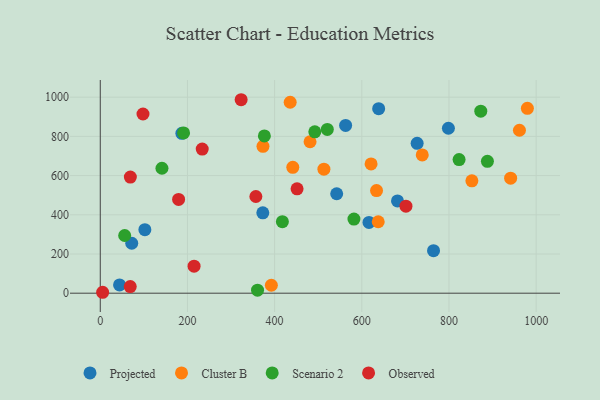
{"axis": {"x": "Investment", "y": "Profit"}, "legend": ["Cluster B", "Observed", "Projected", "Scenario 2"], "data": [{"x": "798.7", "y": 841.5, "type": "Projected"}, {"x": "44.2", "y": 42.1, "type": "Projected"}, {"x": "727.0", "y": 764.4, "type": "Projected"}, {"x": "542.4", "y": 507.4, "type": "Projected"}, {"x": "102.3", "y": 323.9, "type": "Projected"}, {"x": "372.9", "y": 409.8, "type": "Projected"}, {"x": "638.7", "y": 941.3, "type": "Projected"}, {"x": "562.9", "y": 856.0, "type": "Projected"}, {"x": "72.2", "y": 254.7, "type": "Projected"}, {"x": "616.5", "y": 361.0, "type": "Projected"}, {"x": "764.6", "y": 217.1, "type": "Projected"}, {"x": "187.2", "y": 815.7, "type": "Projected"}, {"x": "681.9", "y": 470.8, "type": "Projected"}, {"x": "941.5", "y": 586.8, "type": "Cluster B"}, {"x": "481.3", "y": 772.6, "type": "Cluster B"}, {"x": "373.3", "y": 749.1, "type": "Cluster B"}, {"x": "621.3", "y": 659.7, "type": "Cluster B"}, {"x": "441.7", "y": 641.9, "type": "Cluster B"}, {"x": "633.8", "y": 523.4, "type": "Cluster B"}, {"x": "979.9", "y": 942.9, "type": "Cluster B"}, {"x": "392.5", "y": 40.6, "type": "Cluster B"}, {"x": "961.7", "y": 831.2, "type": "Cluster B"}, {"x": "637.7", "y": 364.5, "type": "Cluster B"}, {"x": "513.1", "y": 632.8, "type": "Cluster B"}, {"x": "435.7", "y": 974.2, "type": "Cluster B"}, {"x": "852.6", "y": 573.5, "type": "Cluster B"}, {"x": "738.7", "y": 705.2, "type": "Cluster B"}, {"x": "582.0", "y": 378.2, "type": "Scenario 2"}, {"x": "417.8", "y": 364.8, "type": "Scenario 2"}, {"x": "823.2", "y": 681.9, "type": "Scenario 2"}, {"x": "888.2", "y": 672.8, "type": "Scenario 2"}, {"x": "520.9", "y": 835.3, "type": "Scenario 2"}, {"x": "191.1", "y": 817.6, "type": "Scenario 2"}, {"x": "873.0", "y": 928.6, "type": "Scenario 2"}, {"x": "376.5", "y": 802.4, "type": "Scenario 2"}, {"x": "141.5", "y": 637.4, "type": "Scenario 2"}, {"x": "360.8", "y": 15.6, "type": "Scenario 2"}, {"x": "56.0", "y": 294.4, "type": "Scenario 2"}, {"x": "492.2", "y": 823.0, "type": "Scenario 2"}, {"x": "701.3", "y": 443.9, "type": "Observed"}, {"x": "357.0", "y": 493.4, "type": "Observed"}, {"x": "69.0", "y": 592.2, "type": "Observed"}, {"x": "68.7", "y": 33.6, "type": "Observed"}, {"x": "215.2", "y": 137.9, "type": "Observed"}, {"x": "98.0", "y": 914.2, "type": "Observed"}, {"x": "5.4", "y": 4.7, "type": "Observed"}, {"x": "179.7", "y": 478.2, "type": "Observed"}, {"x": "451.5", "y": 532.7, "type": "Observed"}, {"x": "323.2", "y": 987.0, "type": "Observed"}, {"x": "233.9", "y": 735.1, "type": "Observed"}]}